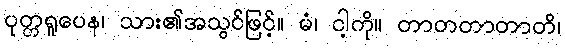
ပုတ္တရူပေန၊ သား၏အသွင်ဖြင့်။ မံ၊ ငါ့ကို။ တာတတာတာတိ၊